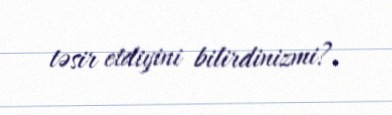
təsir etdiyini bilirdinizmi?.